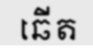
ឆើត